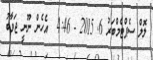
ލޮލް ސެޕްޓެމްބަރު 6